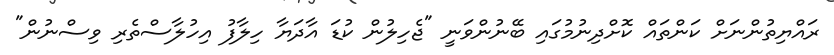
ރައްޔިތުންނަށް ކަންތައް ކޮށްދިނުމުގައި ބޭނުންވަނީ "ޖެހިލުން ކުޑަ އާދަޔާ ހިލާފު އިހުލާސްތެރި ވިސްނުން"